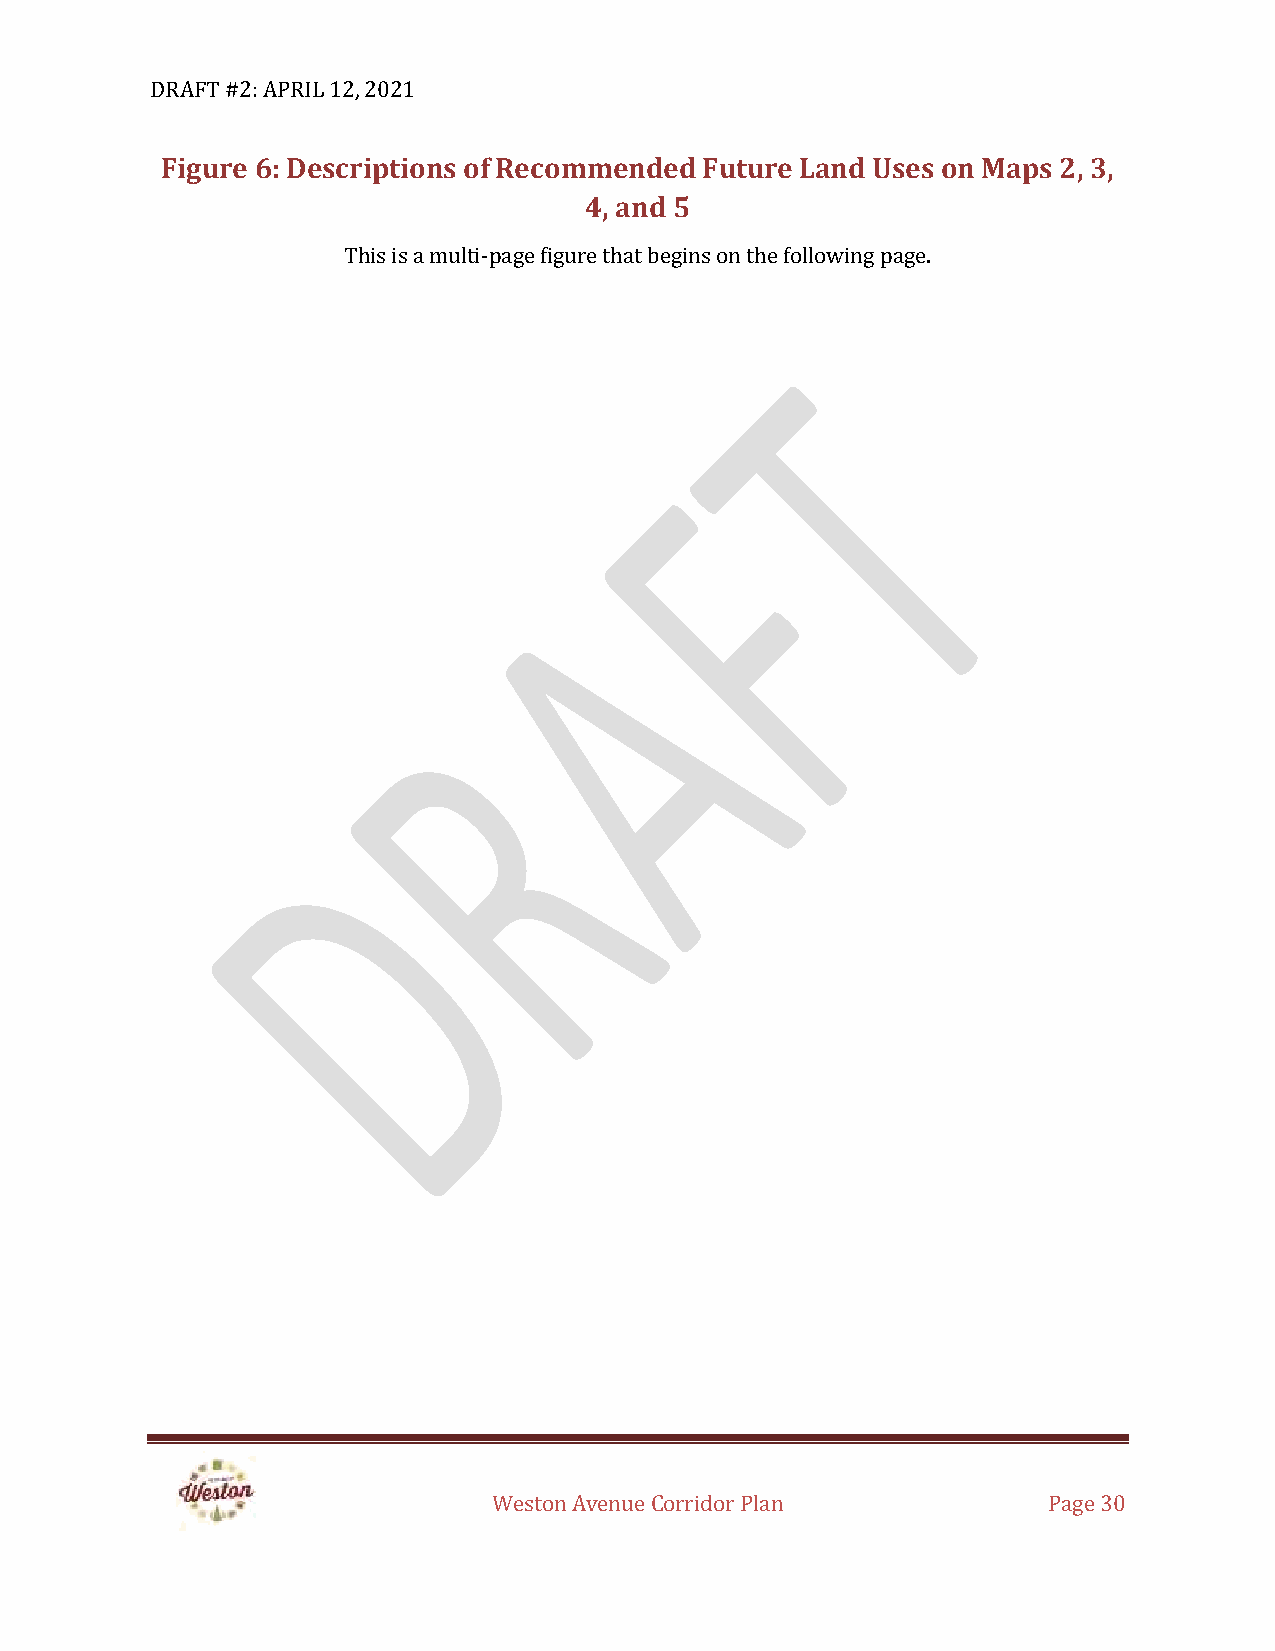
DRAFT #2: APRIL 12, 2021
 Figure 6: Descriptions of Recommended Future Land Uses on Maps 2, 3,
 4, and 5
 This is a multi-page figure that begins on the following page.
 Weston Avenue Corridor Plan         Page 30